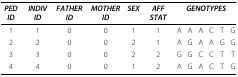
<table><thead><tr><td><b><i>PED ID</i></b></td><td><b><i>INDIV ID</i></b></td><td><b><i>FATHER ID</i></b></td><td><b><i>MOTHER ID</i></b></td><td><b><i>SEX</i></b></td><td><b><i>AFF STAT</i></b></td><td colspan="6"><b><i>GENOTYPES</i></b></td></tr></thead><tbody><tr><td>1</td><td>1</td><td>0</td><td>0</td><td>1</td><td>1</td><td>A</td><td>A</td><td>A</td><td>C</td><td>T</td><td>G</td></tr><tr><td>2</td><td>2</td><td>0</td><td>0</td><td>2</td><td>1</td><td>A</td><td>G</td><td>A</td><td>A</td><td>G</td><td>G</td></tr><tr><td>3</td><td>3</td><td>0</td><td>0</td><td>2</td><td>2</td><td>G</td><td>G</td><td>C</td><td>C</td><td>T</td><td>T</td></tr><tr><td>4</td><td>4</td><td>0</td><td>0</td><td>1</td><td>2</td><td>A</td><td>G</td><td>A</td><td>C</td><td>T</td><td>G</td></tr></tbody></table>